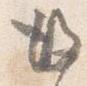
後